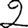
Digit: 2